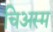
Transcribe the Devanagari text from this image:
चिअस्म